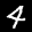
Label: 4